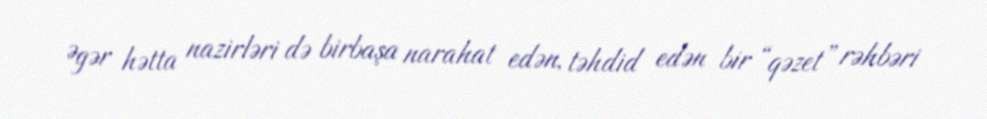
Əgər hətta nazirləri də birbaşa narahat edən, təhdid edən bir “qəzet” rəhbəri